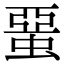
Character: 蝁